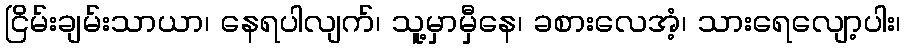
ငြိမ်းချမ်းသာယာ၊ နေရပါလျက်၊ သူ့မှာမှီနေ၊ ခစားလေအံ့၊ သားရေလျော့ပါး၊